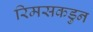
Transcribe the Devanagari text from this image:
रिमसकडुन